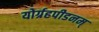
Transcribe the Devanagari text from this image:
योर्ग्रहपीडनम्